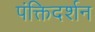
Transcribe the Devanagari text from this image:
पंक्तिदर्शन